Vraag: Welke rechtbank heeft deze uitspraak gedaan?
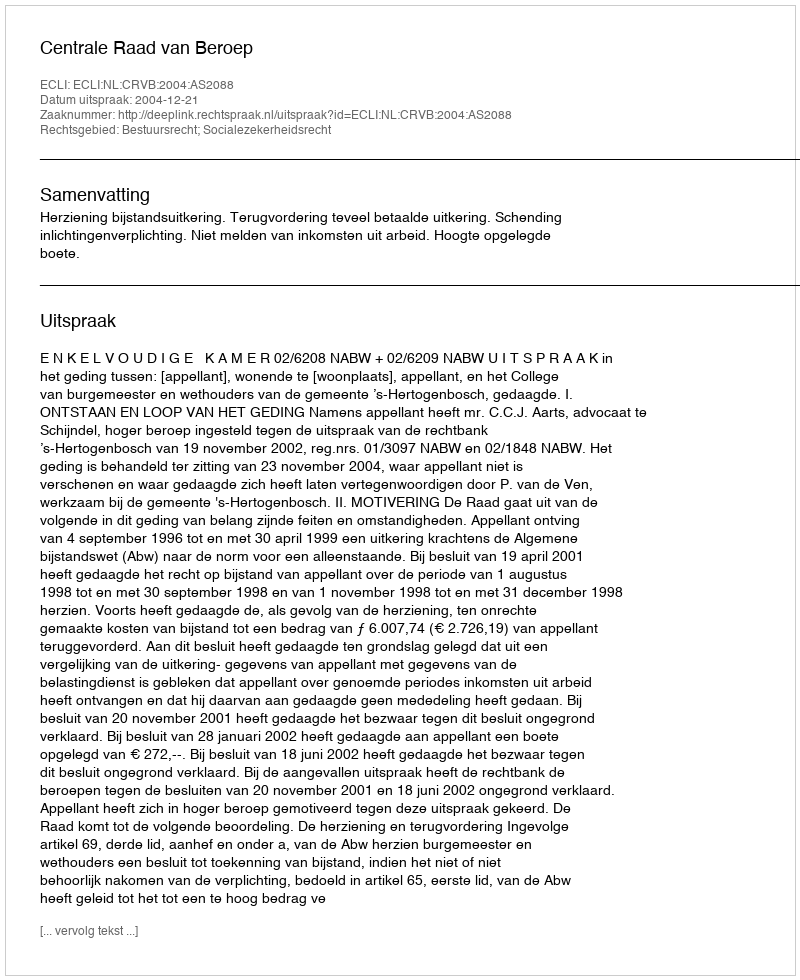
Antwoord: Centrale Raad van Beroep